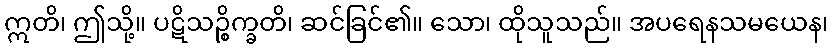
ဣတိ၊ ဤသို့။ ပဋိသဉ္စိက္ခတိ၊ ဆင်ခြင်၏။ သော၊ ထိုသူသည်။ အပရေနသမယေန၊